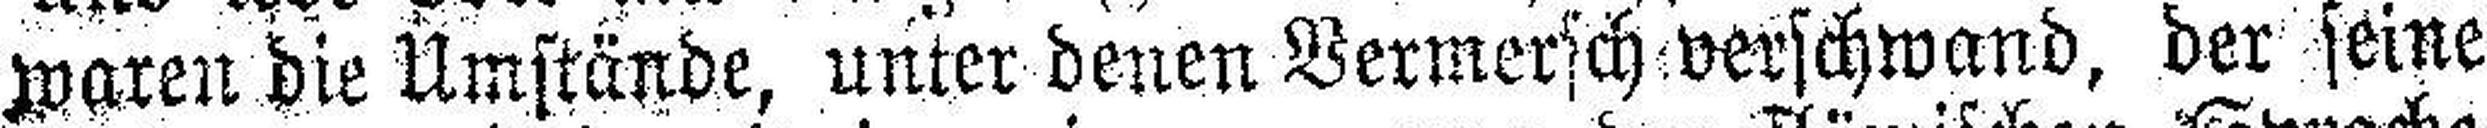
waren die Umstände, unter denen Vermersch verschwand, der seine